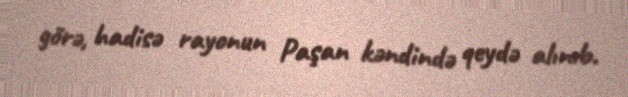
görə, hadisə rayonun Paşan kəndində qeydə alınıb.